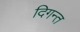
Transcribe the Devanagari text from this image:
दिगन्‍त